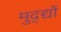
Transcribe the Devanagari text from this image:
मुद्द्यों